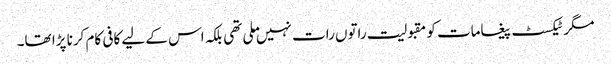
مگر ٹیکسٹ پیغامات کو مقبولیت راتوں رات نہیں ملی تھی بلکہ اس کے لیے کافی کام کرنا پڑا تھا۔